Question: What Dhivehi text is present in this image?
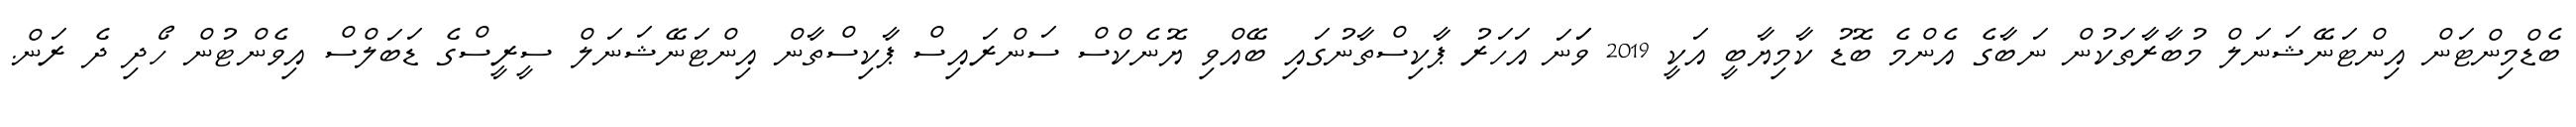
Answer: ބެޑްމިންޓަން އިންޓަނޭޝަނަލް މުބާރާތަކުން ނަބާގެ އެންމެ ބޮޑު ކާމިޔާބީ އަކީ 2019 ވަަނަ އަހަރު ޕާކިސްތާނުގައި ބޭއްވި ޔޮނެކްސް ސަންރައިސް ޕާކިސްތާން އިންޓަނޭޝަނަލް ސީރީސްގެ ޑަބަލްސް އިވެންޓުން ހޯދި ދެ ރަން.